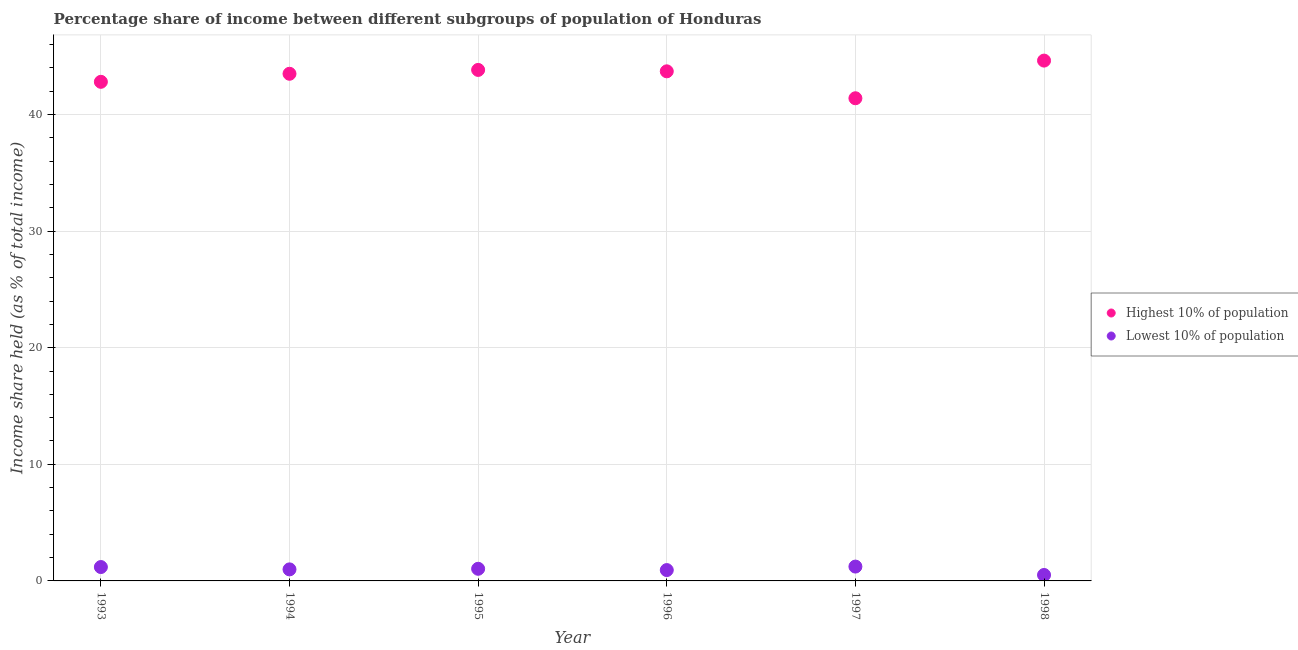
| Year | Highest 10% of population | Lowest 10% of population |
 | --- | --- | --- |
 | 1993 | 42.8 | 1.19 |
 | 1994 | 43.5 | 0.99 |
 | 1995 | 43.8 | 1.04 |
 | 1996 | 43.7 | 0.93 |
 | 1997 | 41.4 | 1.23 |
 | 1998 | 44.6 | 0.51 |